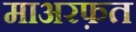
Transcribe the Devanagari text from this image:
माअरफ़त